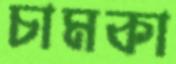
চামকা